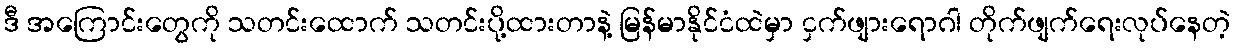
ဒီ အကြောင်းတွေကို သတင်းထောက် သတင်းပို့ထားတာနဲ့ မြန်မာနိုင်ငံထဲမှာ ငှက်ဖျားရောဂါ တိုက်ဖျက်ရေးလုပ်နေတဲ့